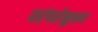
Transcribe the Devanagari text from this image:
परंपरेनुरूप